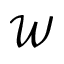
\mathcal { W }